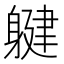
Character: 𲄨